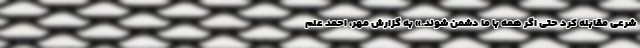
شرعی مقابله کرد حتی اگر همه با ما دشمن شوند.» به گزارش مهر، احمد علم